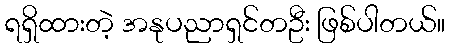
ရရှိထားတဲ့ အနုပညာရှင်တဦး ဖြစ်ပါတယ်။